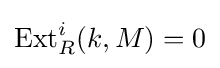
\operatorname {Ext} _{R}^{i}(k,M)=0